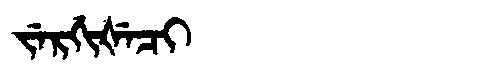
Manchu: ᠵᡝᡵᡤᡳᡧᡝᠴᡳ
Romanization: JERGIŠECI